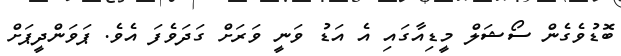
ބޮޑުވެގެން ސޯޝަލް މީޑިއާގައި އެ އަޑު ވަނީ ވަރަށް ގަދަވެފަ އެވެ. ޕަވަންދީޕަށް